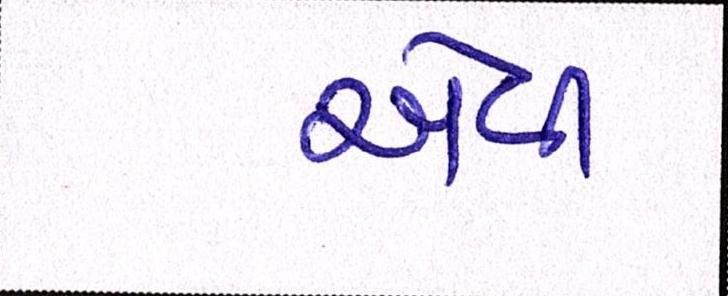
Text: એવી